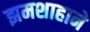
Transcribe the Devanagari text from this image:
झमशाहाने